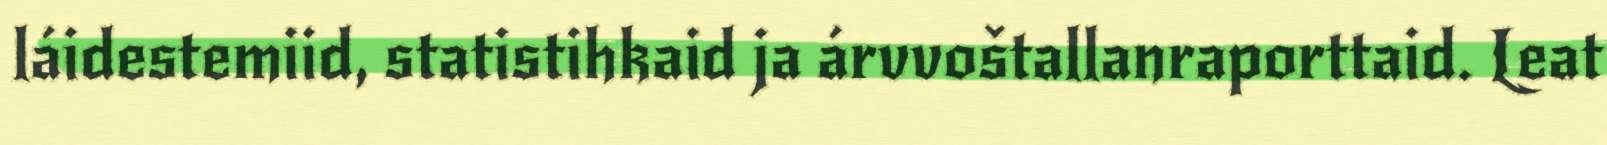
láidestemiid, statistihkaid ja árvvoštallanraporttaid. Leat